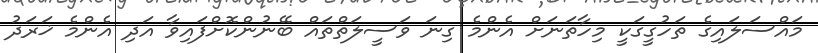
މައްސަލައިގެ ތަހުގީގަކީ މިހާތަނަށް އެންމެ ގިނަ ވަސީލަތްތައް ބޭނުންކޮށްފައިވާ އަދި އެންމެ ޚަރަދު